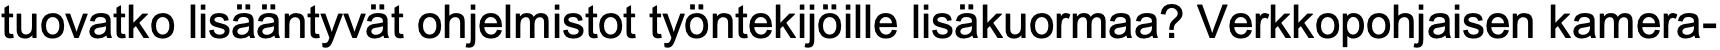
tuovatko lisääntyvät ohjelmistot työntekijöille lisäkuormaa? Verkkopohjaisen kamera-